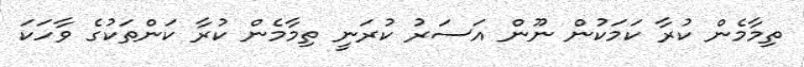
ތިމާމެން ކުރާ ކަމަކުން ނޫން އަސަރު ކުރަނީ ތިމާމެން ކުރާ ކަންތަކުގެ ވާހަކަ